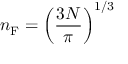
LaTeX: n _ { \mathrm { F } } = \left( { \frac { 3 N } { \pi } } \right) ^ { 1 / 3 }